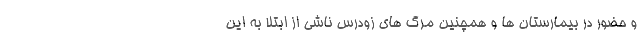
و حضور در بیمارستان ها و همچنین مرگ های زودرس ناشی از ابتلا به این